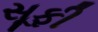
સૂફી